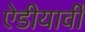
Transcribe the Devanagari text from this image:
ऐडीयार्वी